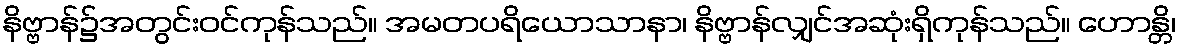
နိဗ္ဗာန်၌အတွင်းဝင်ကုန်သည်။ အမတပရိယောသာနာ၊ နိဗ္ဗာန်လျှင်အဆုံးရှိကုန်သည်။ ဟောန္တိ၊